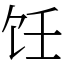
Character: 饪